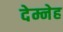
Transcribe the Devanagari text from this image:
देम्नेह